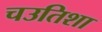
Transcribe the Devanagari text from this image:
चउतिशा